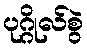
ပုဂ္ဂိုလ်စွဲ